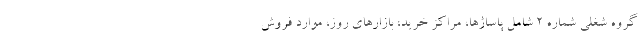
گروه شغلی شماره ۲ شامل پاساژها، مراکز خرید، بازارهای روز، موارد فروش